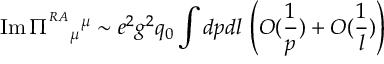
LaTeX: \mathrm { I m } \, \Pi ^ { ^ { R A } } { } _ { \mu } { } ^ { \mu } \sim e ^ { 2 } g ^ { 2 } q _ { 0 } \int d p { d l } \, \left( { \cal O } ( { \frac { 1 } { p } } ) + { \cal O } ( { \frac { 1 } { l } } ) \right)